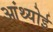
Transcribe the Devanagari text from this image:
आंथ्‍योई